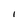
Character: I